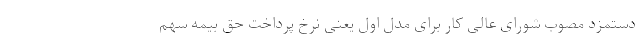
دستمزد مصوب شورای عالی کار برای مدل اول یعنی نرخ پرداخت حق بیمه سهم